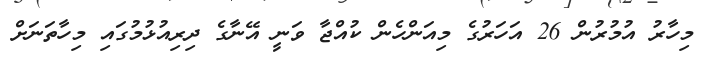
މިހާރު އުމުރުން 26 އަހަރުގެ މިއަންހެން ކުއްޖާ ވަނީ އޭނާގެ ދިރިއުޅުމުގައި މިހާތަނަށް